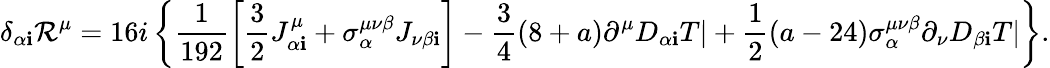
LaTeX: \delta_{\alpha{\mathbf i}}{\cal R}^{\mu}=16i\left\{ \frac{1}{192}\left[\frac{3}{2}J_{\alpha{\mathbf i}}^{\mu}+\sigma_{\alpha}^{\mu\nu\beta}J_{\nu\beta{\mathbf i}}\right]-\frac{3}{4}(8+a)\partial^{\mu}D_{\alpha{\mathbf i}}T|+\frac{1}{2}(a-24)\sigma_{\alpha}^{\mu\nu\beta}\partial_{\nu}D_{\beta{\mathbf i}}T|\right\} .